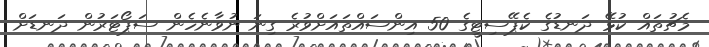
މެޗުތައް ކުޅޭ ދަނޑުގެ ކެޕޭސިޓީގެ 50 އިންސައްތައަށްވުރެ ގިނަ ނުވާނެހެން ސަޕޯޓަރުން ދަނޑަށް